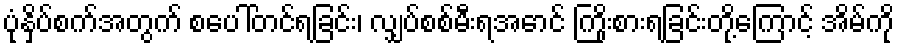
ပုံနှိပ်စက်အတွက် စပေါ်တင်ရခြင်း၊ လျှပ်စစ်မီးရအောင် ကြိုးစားရခြင်းတို့ကြောင့် အိမ်ကို